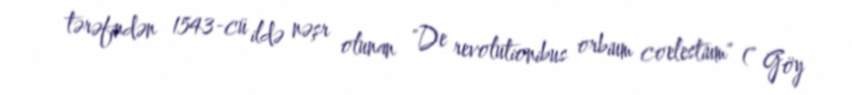
tərəfindən 1543-cü ildə nəşr olunan "De revolutionibus orbium coelestium" (" Göy